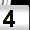
Digit: 4